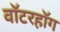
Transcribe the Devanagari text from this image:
वॉटरहॉग